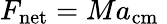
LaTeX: F_{\mathrm{net}}=Ma_{\mathrm{cm}}\;